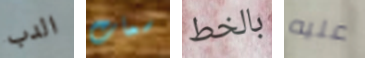
الدب سمات بالخط عليه